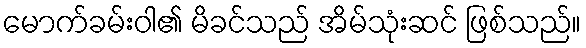
မောက်ခမ်းဝါ၏ မိခင်သည် အိမ်သုံးဆင် ဖြစ်သည်။